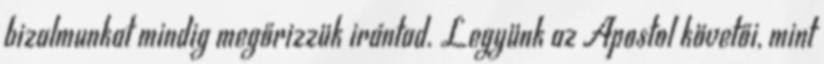
bizalmunkat mindig megőrizzük irántad. Legyünk az Apostol követői, mint